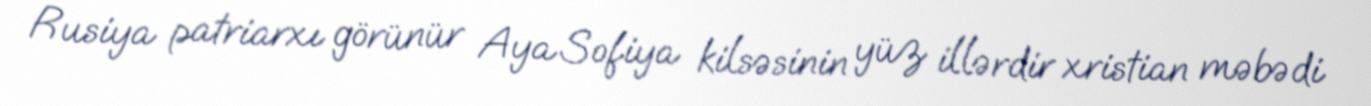
Rusiya patriarxı görünür Aya Sofiya kilsəsinin yüz illərdir xristian məbədi